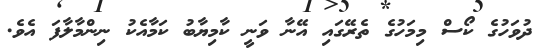
ދުވަހުގެ ކޯސް މިމަހުގެ ތެރޭގައި އޭނާ ވަނީ ކާމިޔާބު ކަމާއެކު ނިންމާލާފަ އެވެ.